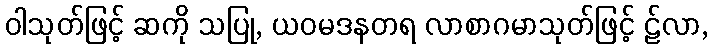
ဝါသုတ်ဖြင့် ဆကို သပြု, ယဝမဒနတရ လာစာဂမာသုတ်ဖြင့် ဠ်လာ,